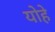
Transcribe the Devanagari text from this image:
योहे